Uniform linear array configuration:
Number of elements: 64
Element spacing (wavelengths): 0.25
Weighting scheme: hamming
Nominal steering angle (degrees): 0
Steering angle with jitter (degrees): -1.754
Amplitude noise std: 0.05
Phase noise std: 0.05

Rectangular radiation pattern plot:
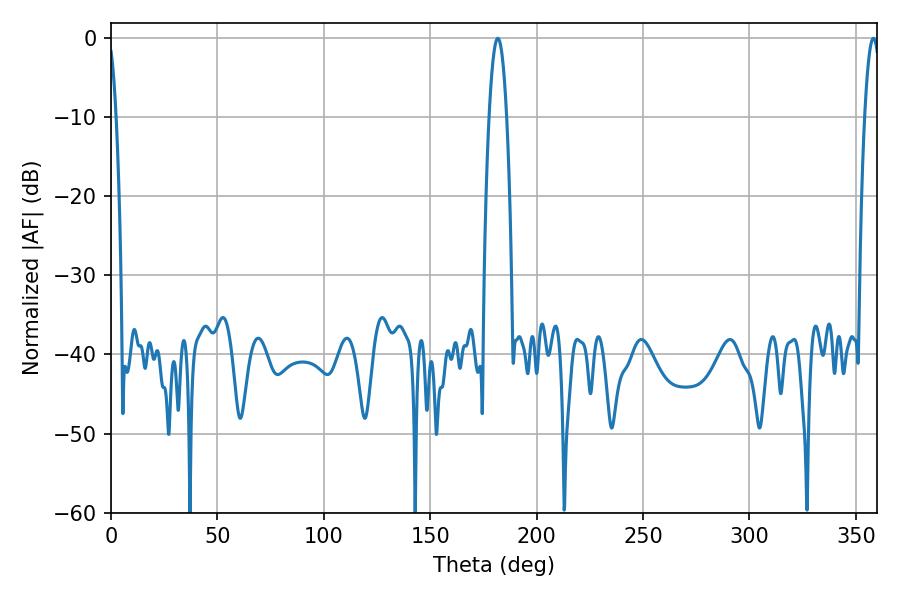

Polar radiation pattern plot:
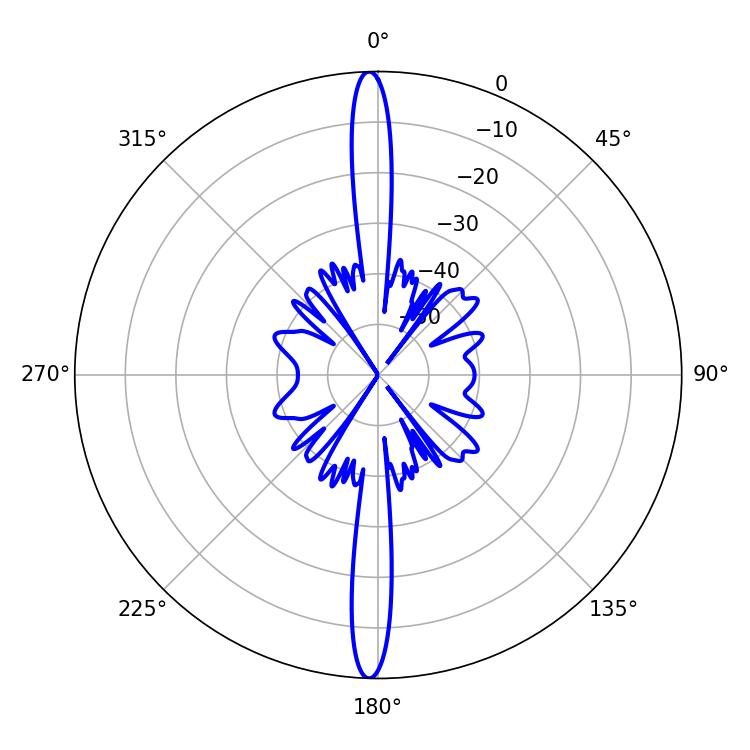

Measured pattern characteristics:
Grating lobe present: FALSE
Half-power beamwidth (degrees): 4.5
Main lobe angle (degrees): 181.8